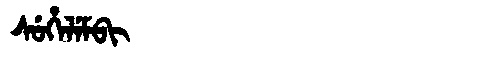
Manchu: ᠰᡠᡥᡝᠯᡝᠮᠪᡳ
Romanization: SUHELEMBI